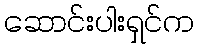
ဆောင်းပါးရှင်က